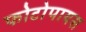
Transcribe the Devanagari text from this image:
फोटोपायस